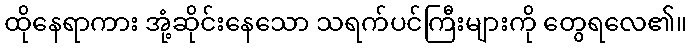
ထိုနေရာကား အုံ့ဆိုင်းနေသော သရက်ပင်ကြီးများကို တွေရလေ၏။